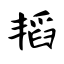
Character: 韬